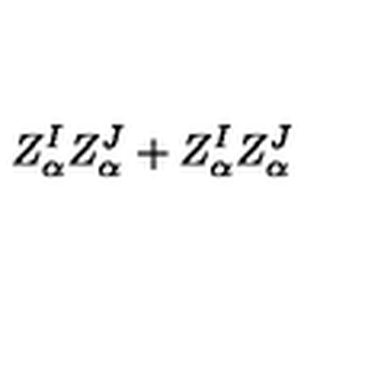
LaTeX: Z _ { \alpha } ^ { I } Z _ { \alpha } ^ { J } + Z _ { \alpha } ^ { I } Z _ { \alpha } ^ { J }